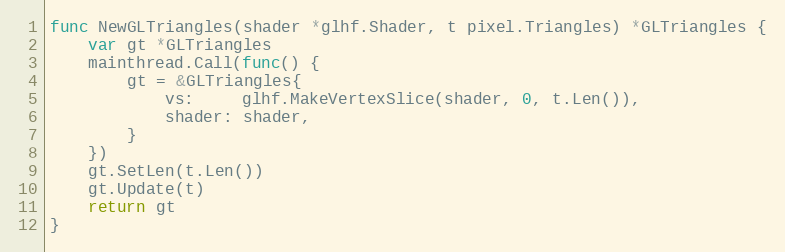
Language: Go
func NewGLTriangles(shader *glhf.Shader, t pixel.Triangles) *GLTriangles {
	var gt *GLTriangles
	mainthread.Call(func() {
		gt = &GLTriangles{
			vs:     glhf.MakeVertexSlice(shader, 0, t.Len()),
			shader: shader,
		}
	})
	gt.SetLen(t.Len())
	gt.Update(t)
	return gt
}